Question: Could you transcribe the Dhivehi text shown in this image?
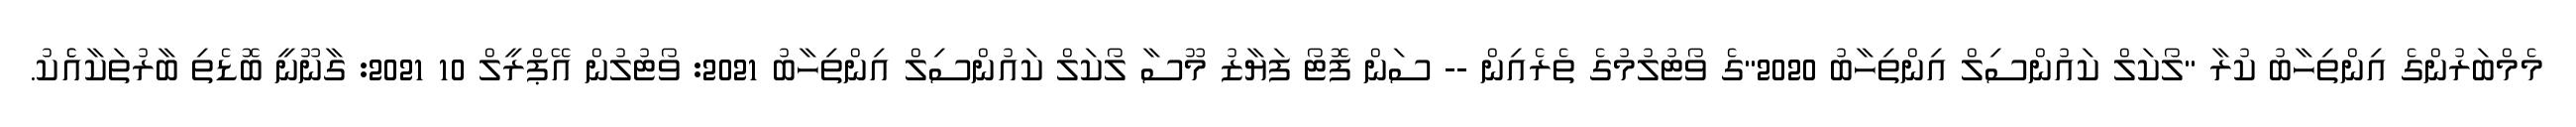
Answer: މެމްބަރުންގެ އިންތިހާބު ކުރާ "ލޯކަލް ކައުންސިލް އިންތިހާބު 2020"ގެ ވޯޓުލުމުގެ ތެރެއިން -- ސަން ފޮޓޯ ފަޔާޒު މޫސާ ލޯކަލް ކައުންސިލް އިންތިހާބު 2021: ވޯޓުލުން އޭޕްރީލް 10 2021: ގާނޫނީ ބޮޑެތި ބާރުތަކާއެެކު.